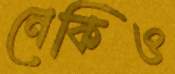
নেকিও